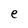
Character: e